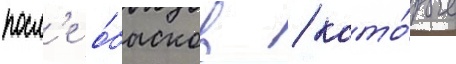
посл'е о́бысков / кото́рые